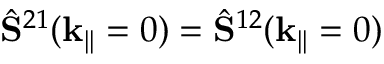
\hat { \mathbf { S } } ^ { 2 1 } ( { \textbf k } _ { | | } = 0 ) = \hat { \mathbf { S } } ^ { 1 2 } ( { \textbf k } _ { | | } = 0 )